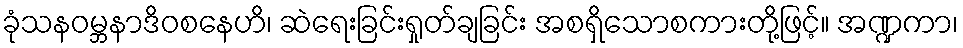
ခုံသနဝမ္ဘနာဒိဝစနေဟိ၊ ဆဲရေးခြင်းရှုတ်ချခြင်း အစရှိသောစကားတို့ဖြင့်။ အဏ္ဍကာ၊